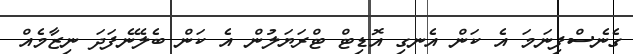
ގެނެސްފިނަމަ އެ ކަން އެނގި އޮޑިޓް ޓްރަޔަލުން އެ ކަން ބެލޭނެފަދަ ނިޒާމެއް